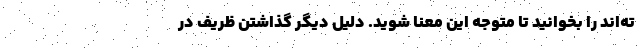
ته‌اند را بخوانید تا متوجه این معنا شوید. دلیل دیگر گذاشتن ظریف در